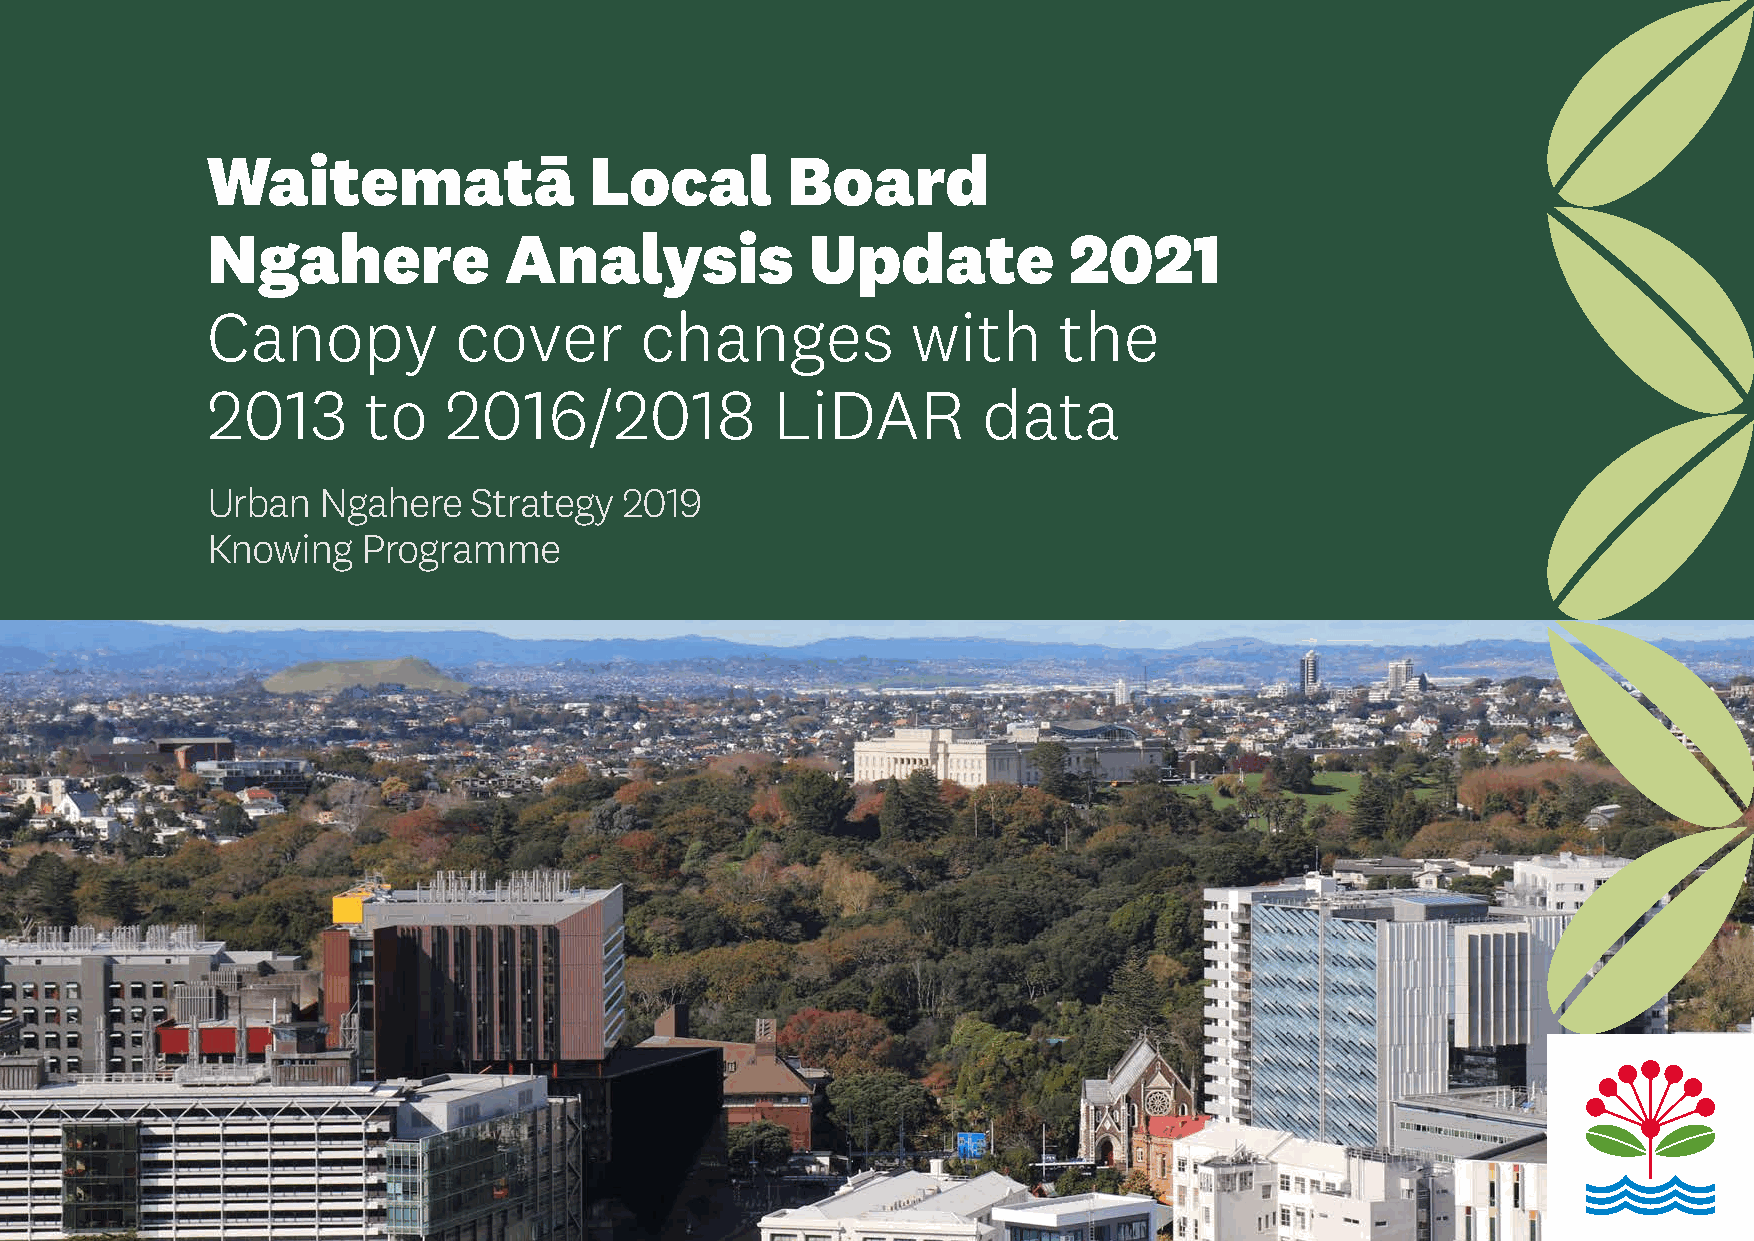
Waitematā                Local        Board
 Ngahere            Analysis             Update           2021
 Canopy          cover       changes           with      the
 2013      to   2016/2018             LiDAR         data
 Urban  Ngahere   Strategy  2019
 Knowing   Programme